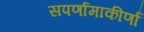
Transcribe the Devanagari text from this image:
सपर्णामाकीर्णां